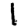
Digit: 1